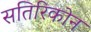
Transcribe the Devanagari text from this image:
सतिरिकोन